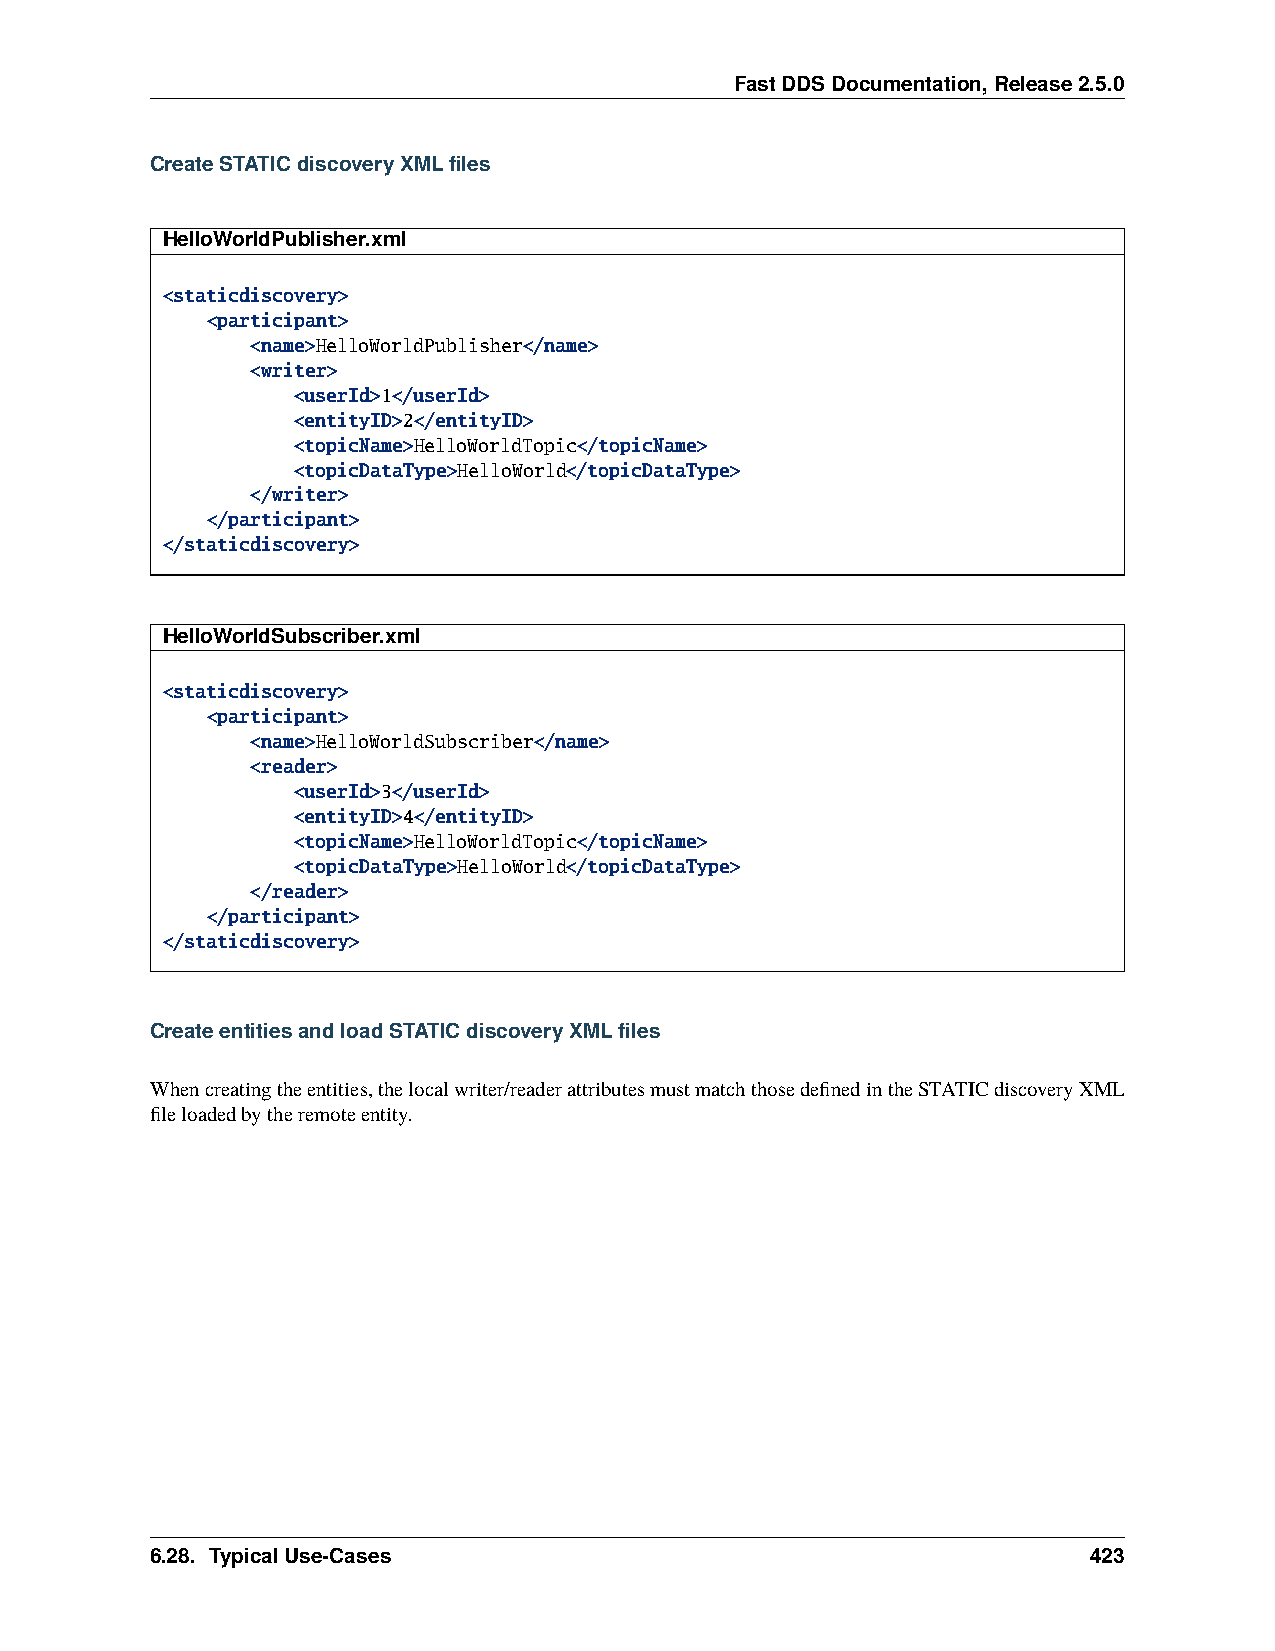
FastDDSDocumentation,Release2.5.0
 CreateSTATICdiscoveryXMLfiles
 HelloWorldPublisher.xml
 <staticdiscovery>
 <participant>
 <name>HelloWorldPublisher</name>
 <writer>
 <userId>1</userId>
 <entityID>2</entityID>
 <topicName>HelloWorldTopic</topicName>
 <topicDataType>HelloWorld</topicDataType>
 </writer>
 </participant>
 </staticdiscovery>
 HelloWorldSubscriber.xml
 <staticdiscovery>
 <participant>
 <name>HelloWorldSubscriber</name>
 <reader>
 <userId>3</userId>
 <entityID>4</entityID>
 <topicName>HelloWorldTopic</topicName>
 <topicDataType>HelloWorld</topicDataType>
 </reader>
 </participant>
 </staticdiscovery>
 CreateentitiesandloadSTATICdiscoveryXMLfiles
 Whencreatingtheentities,thelocalwriter/readerattributesmustmatchthosedefinedintheSTATICdiscoveryXML
 fileloadedbytheremoteentity.
 6.28. TypicalUse-Cases                                        423